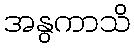
အနွကာသိ